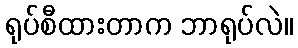
ရုပ်စီထားတာက ဘာရုပ်လဲ။